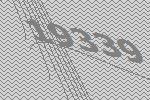
19339